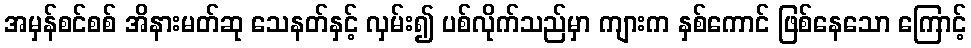
အမှန်စင်စစ် အိနားမတ်ဆု သေနတ်နှင့် လှမ်း၍ ပစ်လိုက်သည်မှာ ကျားက နှစ်ကောင် ဖြစ်နေသော ကြောင့်